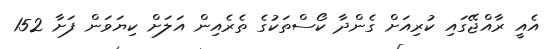
އެއީ ރާއްޖޭގައި ކުރިއަށް ގެންދާ ކޯސްތަކުގެ ތެރެއިން އަލަށް ކިޔަވަން ފަށާ 152